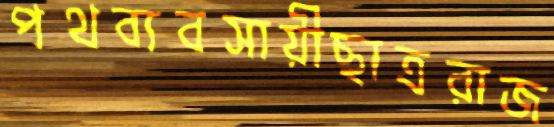
পথব্যবসায়ীছাত্ররাজ